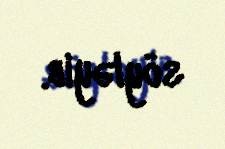
söyləyib.